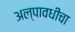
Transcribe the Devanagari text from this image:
अल्पावधीचा